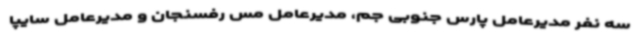
سه نفر مدیرعامل پارس جنوبی جم، مدیرعامل مس رفسنجان و مدیرعامل سایپا